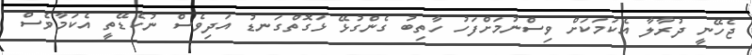
ޖެހޭނީ ދުރާލާ އެކަމަކަށް ވިސްނުމަށްފަހު ހާތިބު ގެންގުޅޭ ޅަގޮތްގަނޑު އަދިވެސް ނުކެޑޭތީ އެކަމާވެސް